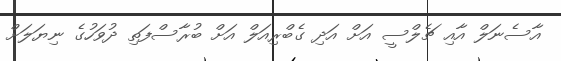
އާސެނަލް އާއި ޗެލްސީ އަށް އަދި ގެބްރިއަލް އަށް ބުރާސްފަތި ދުވަހުގެ ނިޔަލަށް